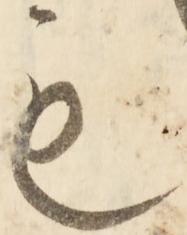
も